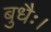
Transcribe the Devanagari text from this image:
बुधैः।